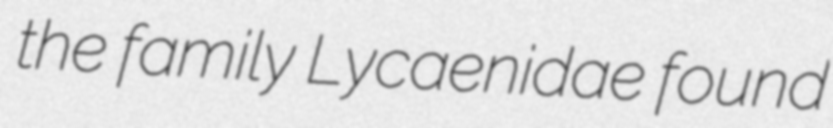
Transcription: the family Lycaenidae found